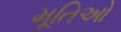
મૂતિઓ